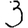
Digit: 3